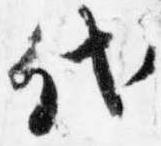
代